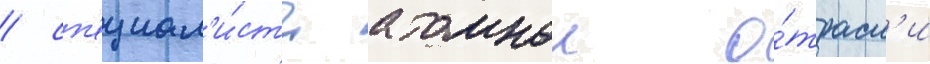
/ сп'ециал'и́сты атомнои о́трасл'и